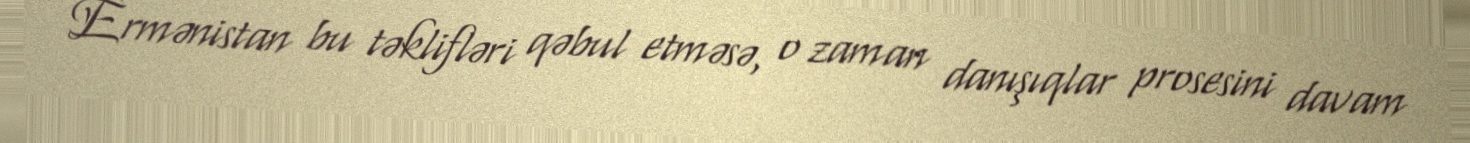
Ermənistan bu təklifləri qəbul etməsə, o zaman danışıqlar prosesini davam